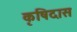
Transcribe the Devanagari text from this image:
कृषिदास